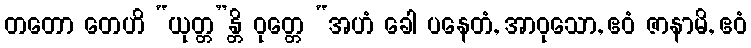
တတော တေဟိ “ယုတ္တ”န္တိ ဝုတ္တေ “အဟံ ခေါ ပနေတံ, အာဝုသော, ဧဝံ ဇာနာမိ, ဧဝံ